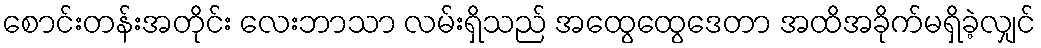
စောင်းတန်းအတိုင်း လေးဘာသာ လမ်းရှိသည် အထွေထွေဒေတာ အထိအခိုက်မရှိခဲ့လျှင်